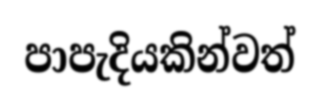
පාපැදියකින්වත්